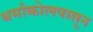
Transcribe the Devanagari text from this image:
थर्माकोलपासून